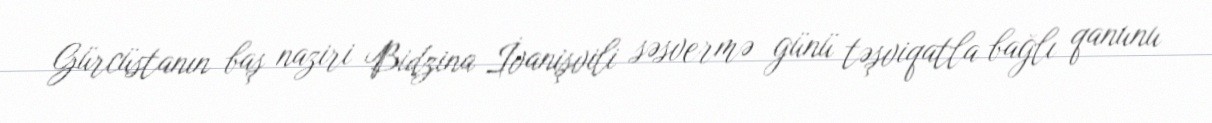
Gürcüstanın baş naziri Bidzina İvanişvili səsvermə günü təşviqatla bağlı qanunu